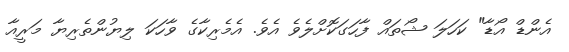
އެންޑް އޯޑާ" ކަހަލަ ޝޯތައް ފާހަގަކޮށްލެވެ އެވެ. އެމެރިކާގެ ވާހަކަ ލިޔުންތެރިޔާ މަރީއާ